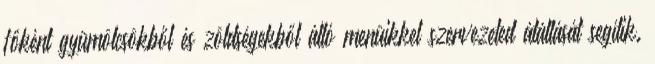
főként gyümölcsökből és zöldségekből álló menüikkel szervezeted átállását segítik.